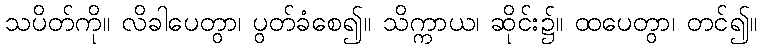
သပိတ်ကို။ လိခါပေတွာ၊ ပွတ်ခံစေ၍။ သိက္ကာယ၊ ဆိုင်း၌။ ထပေတွာ၊ တင်၍။